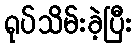
ရုပ်သိမ်းခဲ့ပြီး